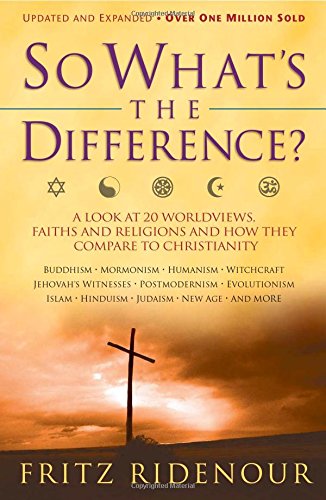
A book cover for So What's the Difference; Fritz Ridenour; Christian Books & Bibles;